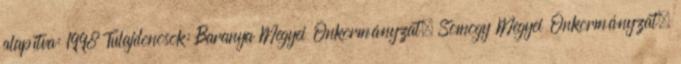
alapítva: 1998 Tulajdonosok: Baranya Megyei Önkormányzat, Somogy Megyei Önkormányzat,